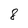
Character: 8